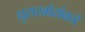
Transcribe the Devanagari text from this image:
घुसखोरांकडे